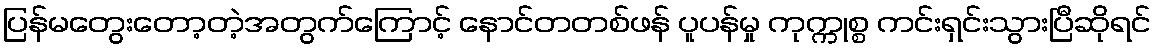
ပြန်မတွေးတော့တဲ့အတွက်ကြောင့် နောင်တတစ်ဖန် ပူပန်မှု ကုက္ကုစ္စ ကင်းရှင်းသွားပြီဆိုရင်